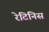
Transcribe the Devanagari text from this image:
रेटिनिस